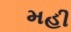
મહી